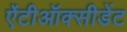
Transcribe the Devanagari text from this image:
ऐंटीऑक्सीडेंट